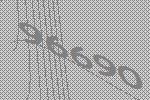
96690